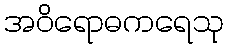
အဝိရောဓကရေသု